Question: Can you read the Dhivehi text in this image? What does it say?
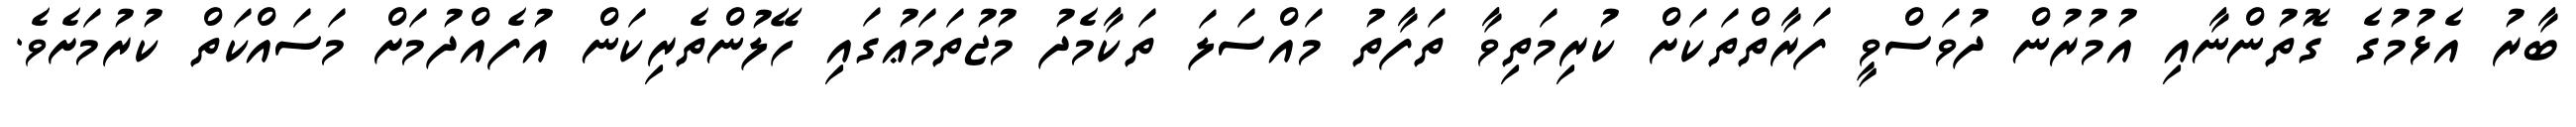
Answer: ބާރު އެޅުމުގެ ގޮތުންނާއި އުމުރުން ދުވަސްވީ ފަރާތްތަކަށް ކުރިމަތިވާ ތަފާތު މައްސަލަ ތަކާމެދު މުޖުތަމަޢުގައި ހޭލުންތެރިކަން އުފެއްދުމަށް މަސައްކަތް ކުރުމަށެވެ.